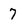
Character: 7